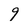
Character: 9